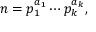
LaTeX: n = p _ { 1 } ^ { a _ { 1 } } \cdots p _ { k } ^ { a _ { k } } ,